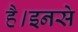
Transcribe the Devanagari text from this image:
है।इनसे